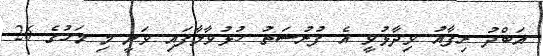
އަބްދު ރިފާއު ވިދާޅުވީ އެ ފުރުސަތު ހުޅުވާލާފައި ވަނީ މި މަހުގެ 26